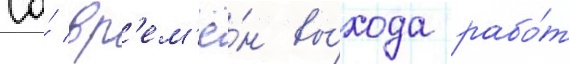
Со́ вр'ем'ё́н вы́хода рабо́т